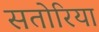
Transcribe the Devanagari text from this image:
सतोरिया